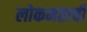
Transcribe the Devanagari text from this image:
लोकमताची